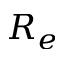
R _ { e }